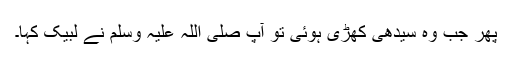
پھر جب وہ سیدھی کھڑی ہوئی تو آپ صلی اللہ علیہ وسلم نے لبیک کہا۔